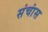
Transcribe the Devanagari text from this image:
संचांस